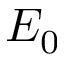
E _ { 0 }